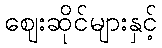
ဈေးဆိုင်များနှင့်